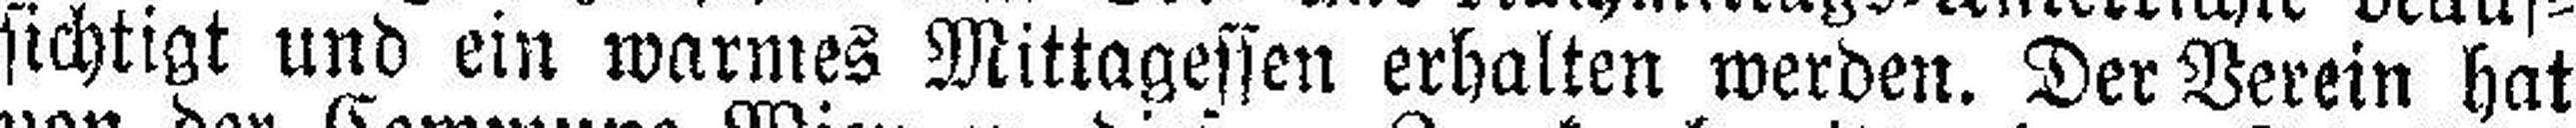
sichtigt und ein warmes Mittagessen erhalten werden. Der Verein hat